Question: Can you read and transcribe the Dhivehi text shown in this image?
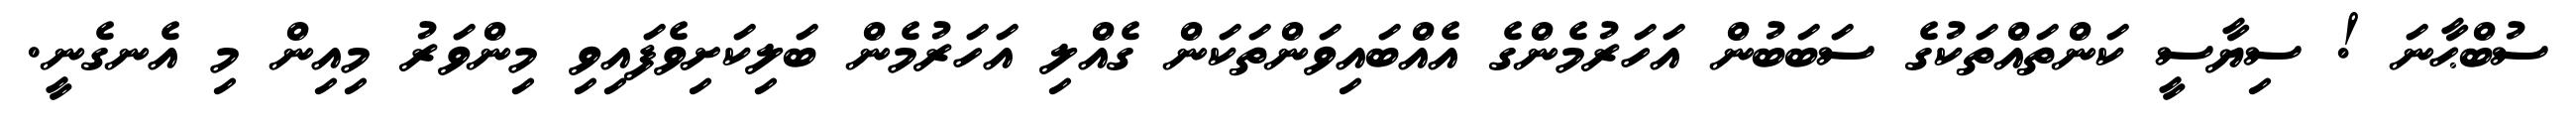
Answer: ސުބްޙާނަ ! ސިޔާސީ ކަންތައްތަކުގެ ސަބަބުން އަހަރުމެންގެ އެއްބައިވަންތަކަން ގެއްލި އަހަރުމެން ބަލިކަށިވެފައިވި މިންވަރު މިއިން މި އެނގެނީ.